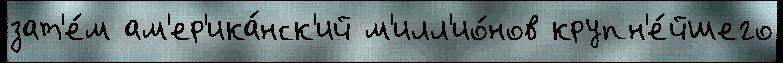
зат'е́м ам'ер'ика́нск'ий м'илл'ио́нов крупн'е́йшего